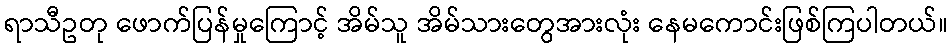
ရာသီဥတု ဖောက်ပြန်မှုကြောင့် အိမ်သူ အိမ်သားတွေအားလုံး နေမကောင်းဖြစ်ကြပါတယ်။